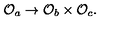
{ \cal O } _ { a } \rightarrow { \cal O } _ { b } \times { \cal O } _ { c } .